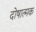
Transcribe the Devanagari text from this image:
दोषात्मक